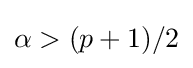
\alpha >(p+1)/2